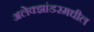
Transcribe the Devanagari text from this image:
अलेक्झांडरमधील